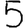
Digit: 5